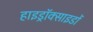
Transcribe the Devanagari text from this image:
हाइड्रॉक्साइडों